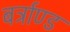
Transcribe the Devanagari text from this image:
बर्ट्राण्ड